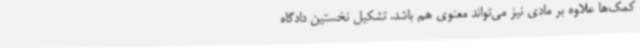
کمک‌ها علاوه بر مادی نیز می‌تواند معنوی هم باشد. تشکیل نخستین دادگاه